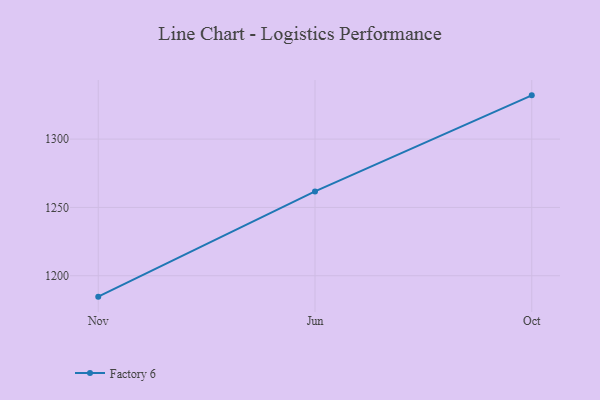
{"axis": {"x": "Month", "y": "LTV (USD)"}, "legend": ["Factory 6"], "data": [{"x": "Nov", "y": 1184.7, "type": "Factory 6"}, {"x": "Jun", "y": 1261.7, "type": "Factory 6"}, {"x": "Oct", "y": 1332.0, "type": "Factory 6"}]}